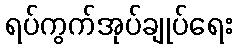
ရပ်ကွက်အုပ်ချုပ်ရေး